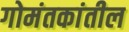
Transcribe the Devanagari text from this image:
गोमंतकांतील